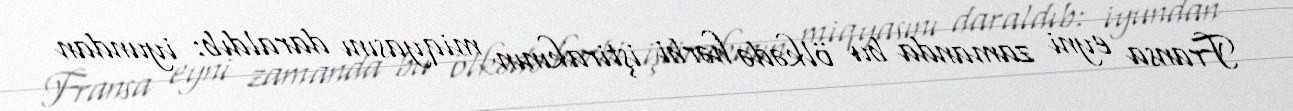
Fransa eyni zamanda bu ölkədə hərbi iştirakının miqyasını daraldıb: iyundan